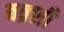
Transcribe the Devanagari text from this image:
बक़्शी